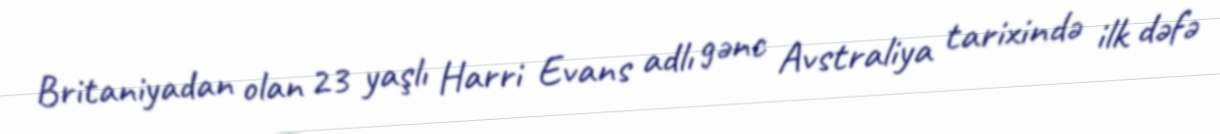
Britaniyadan olan 23 yaşlı Harri Evans adlı gənc Avstraliya tarixində ilk dəfə